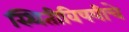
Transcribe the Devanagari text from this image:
स्थितीविषयीचे